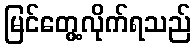
မြင်တွေ့လိုက်ရသည်